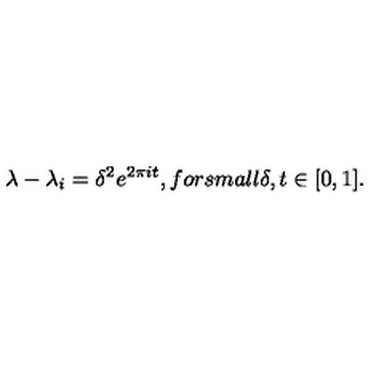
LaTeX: \lambda - \lambda _ { i } = \delta ^ { 2 } e ^ { 2 \pi i t } , f o r s m a l l \delta , t \in [ 0 , 1 ] .